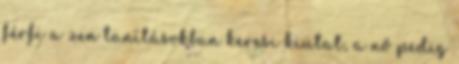
férfi a zen tanításokban keresi kiutat, a nő pedig